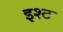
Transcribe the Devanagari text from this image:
इश्ट